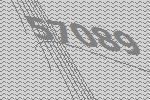
57089